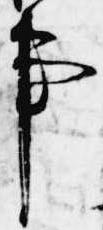
事